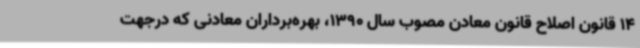
14 قانون اصلاح قانون معادن مصوب سال 1390، بهره‌برداران معادنی که درجهت